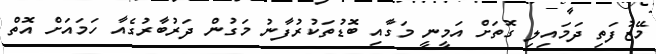
މޭޒުފަތި ދަމައިލި ގޮތަށް އަމީނީ މަގާއި ބޮޑުތަކުރުފާނު މަގުން ދަރުބާރުގެއާ ހަމައަށް އޮތް